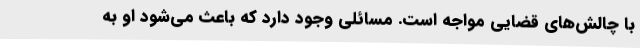
با چالش‌های قضایی مواجه است. مسائلی وجود دارد که باعث می‌شود او به